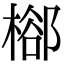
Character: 㮝